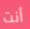
أنت